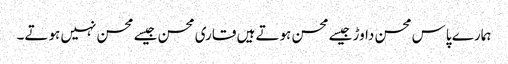
ہمارے پاس محسن داوڑ جیسے محسن ہوتے ہیں قاری محسن جیسے محسن نہیں ہوتے۔